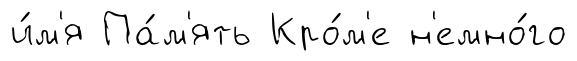
и́м'я Па́м'ять Кро́м'е н'емно́го